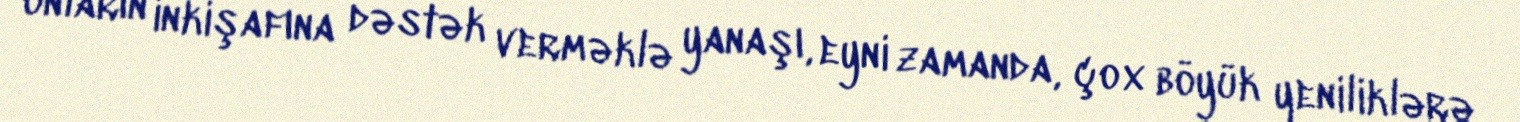
onların inkişafına dəstək verməklə yanaşı, eyni zamanda, çox böyük yeniliklərə